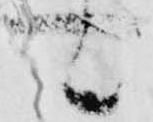
可